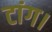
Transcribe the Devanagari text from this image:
टांग।